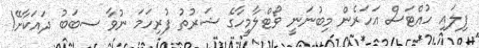
ފިލައި ހުއްޓަސް އަހަރެން މިބުނަނީ ވޯޓްލާމީހާގެ ޝަރުތު ފުރިހަމަ ނުވާ ސބަބު ދައަކާށޭ!